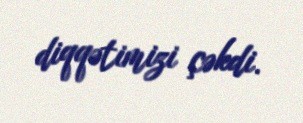
diqqətimizi çəkdi.